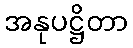
အနုပဋ္ဌိတာ